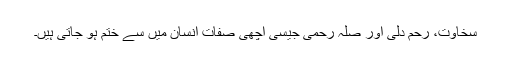
سخاوت، رحم دلی اور صلہ رحمی جیسی اچھی صفات انسان میں سے ختم ہو جاتی ہیں۔